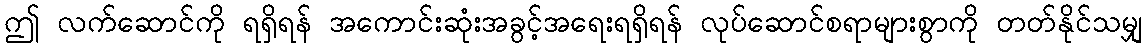
ဤ လက်ဆောင်ကို ရရှိရန် အကောင်းဆုံးအခွင့်အရေးရရှိရန် လုပ်ဆောင်စရာများစွာကို တတ်နိုင်သမျှ